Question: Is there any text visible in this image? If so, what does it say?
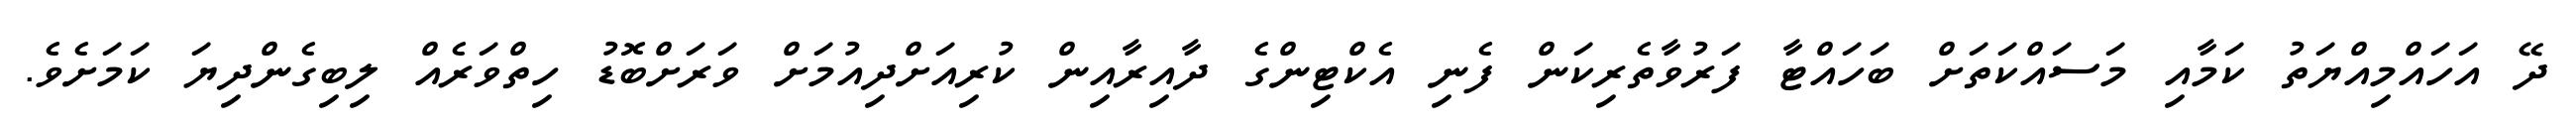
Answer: ދޭ އަހައްމިއްޔަތު ކަމާއި މަސައްކަތަށް ބަހައްޓާ ފަރުވާތެރިކަން ފެނި އެކްޓިންގެ ދާއިރާއިން ކުރިއަށްދިއުމަށް ވަރަށްބޮޑު ހިތްވަރެއް ލިބިގެންދިޔަ ކަމަށެވެ.